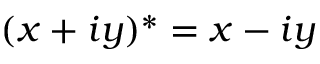
( x + i y ) ^ { * } = x - i y